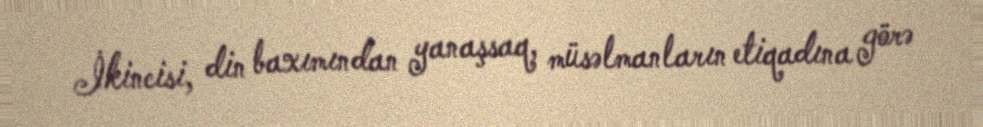
İkincisi, din baxımından yanaşsaq, müsəlmanların etiqadına görə